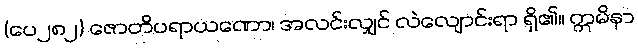
(ပေ၂၈၂) ဇောတိပရာယဏော၊ အလင်းလျှင် လဲလျောင်းရာ ရှိ၏။ ဣမိနာ